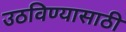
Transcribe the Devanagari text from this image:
उठविण्यासाठी